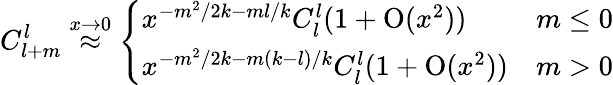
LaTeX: C_{l+m}^{l}\stackrel{x\rightarrow 0}{\approx}\left\{ \begin{array}{lc}{{x^{-m^{2}/2k-ml/k}C_{l}^{l}(1+\mathrm{O}(x^{2}))}}&{{m\leq 0}}\\ {{x^{-m^{2}/2k-m(k-l)/k}C_{l}^{l}(1+\mathrm{O}(x^{2}))}}&{{m>0}}\end{array}\right.